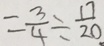
= \frac { 3 } { 4 } \div \frac { 1 7 } { 2 0 }